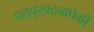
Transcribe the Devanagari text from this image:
पतपुरवठ्यापैकी